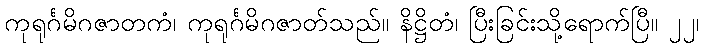
ကုရုင်္ဂမိဂဇာတကံ၊ ကုရုင်္ဂမိဂဇာတ်သည်။ နိဋ္ဌိတံ၊ ပြီးခြင်းသို့ရောက်ပြီ။ ၂၂၊